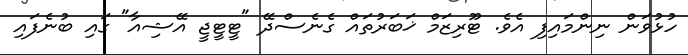
ހުޅުވަން ނިންމައިފި އެވެ. ޓޫރިޒަމް ޚަބަރުތައް ގެނެސްދޭ "ޓީޓީޖީ އޭޝިއާ" ގައި ބުނެފައި